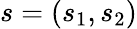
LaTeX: s=(s_{1},s_{2})